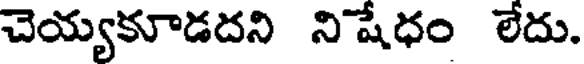
చెయ్యకూడదని ని షేధం లేదు.